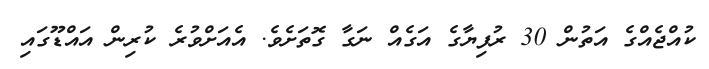
ކުއްޖެއްގެ އަތުން 30 ރުފިޔާގެ އަގެއް ނަގާ ގޮތަށެވެ. އެއަށްވުރެ ކުރިން އައްޑޫގައި